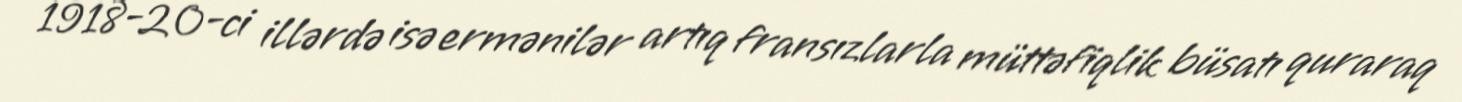
1918-20-ci illərdə isə ermənilər artıq fransızlarla müttəfiqlik büsatı quraraq